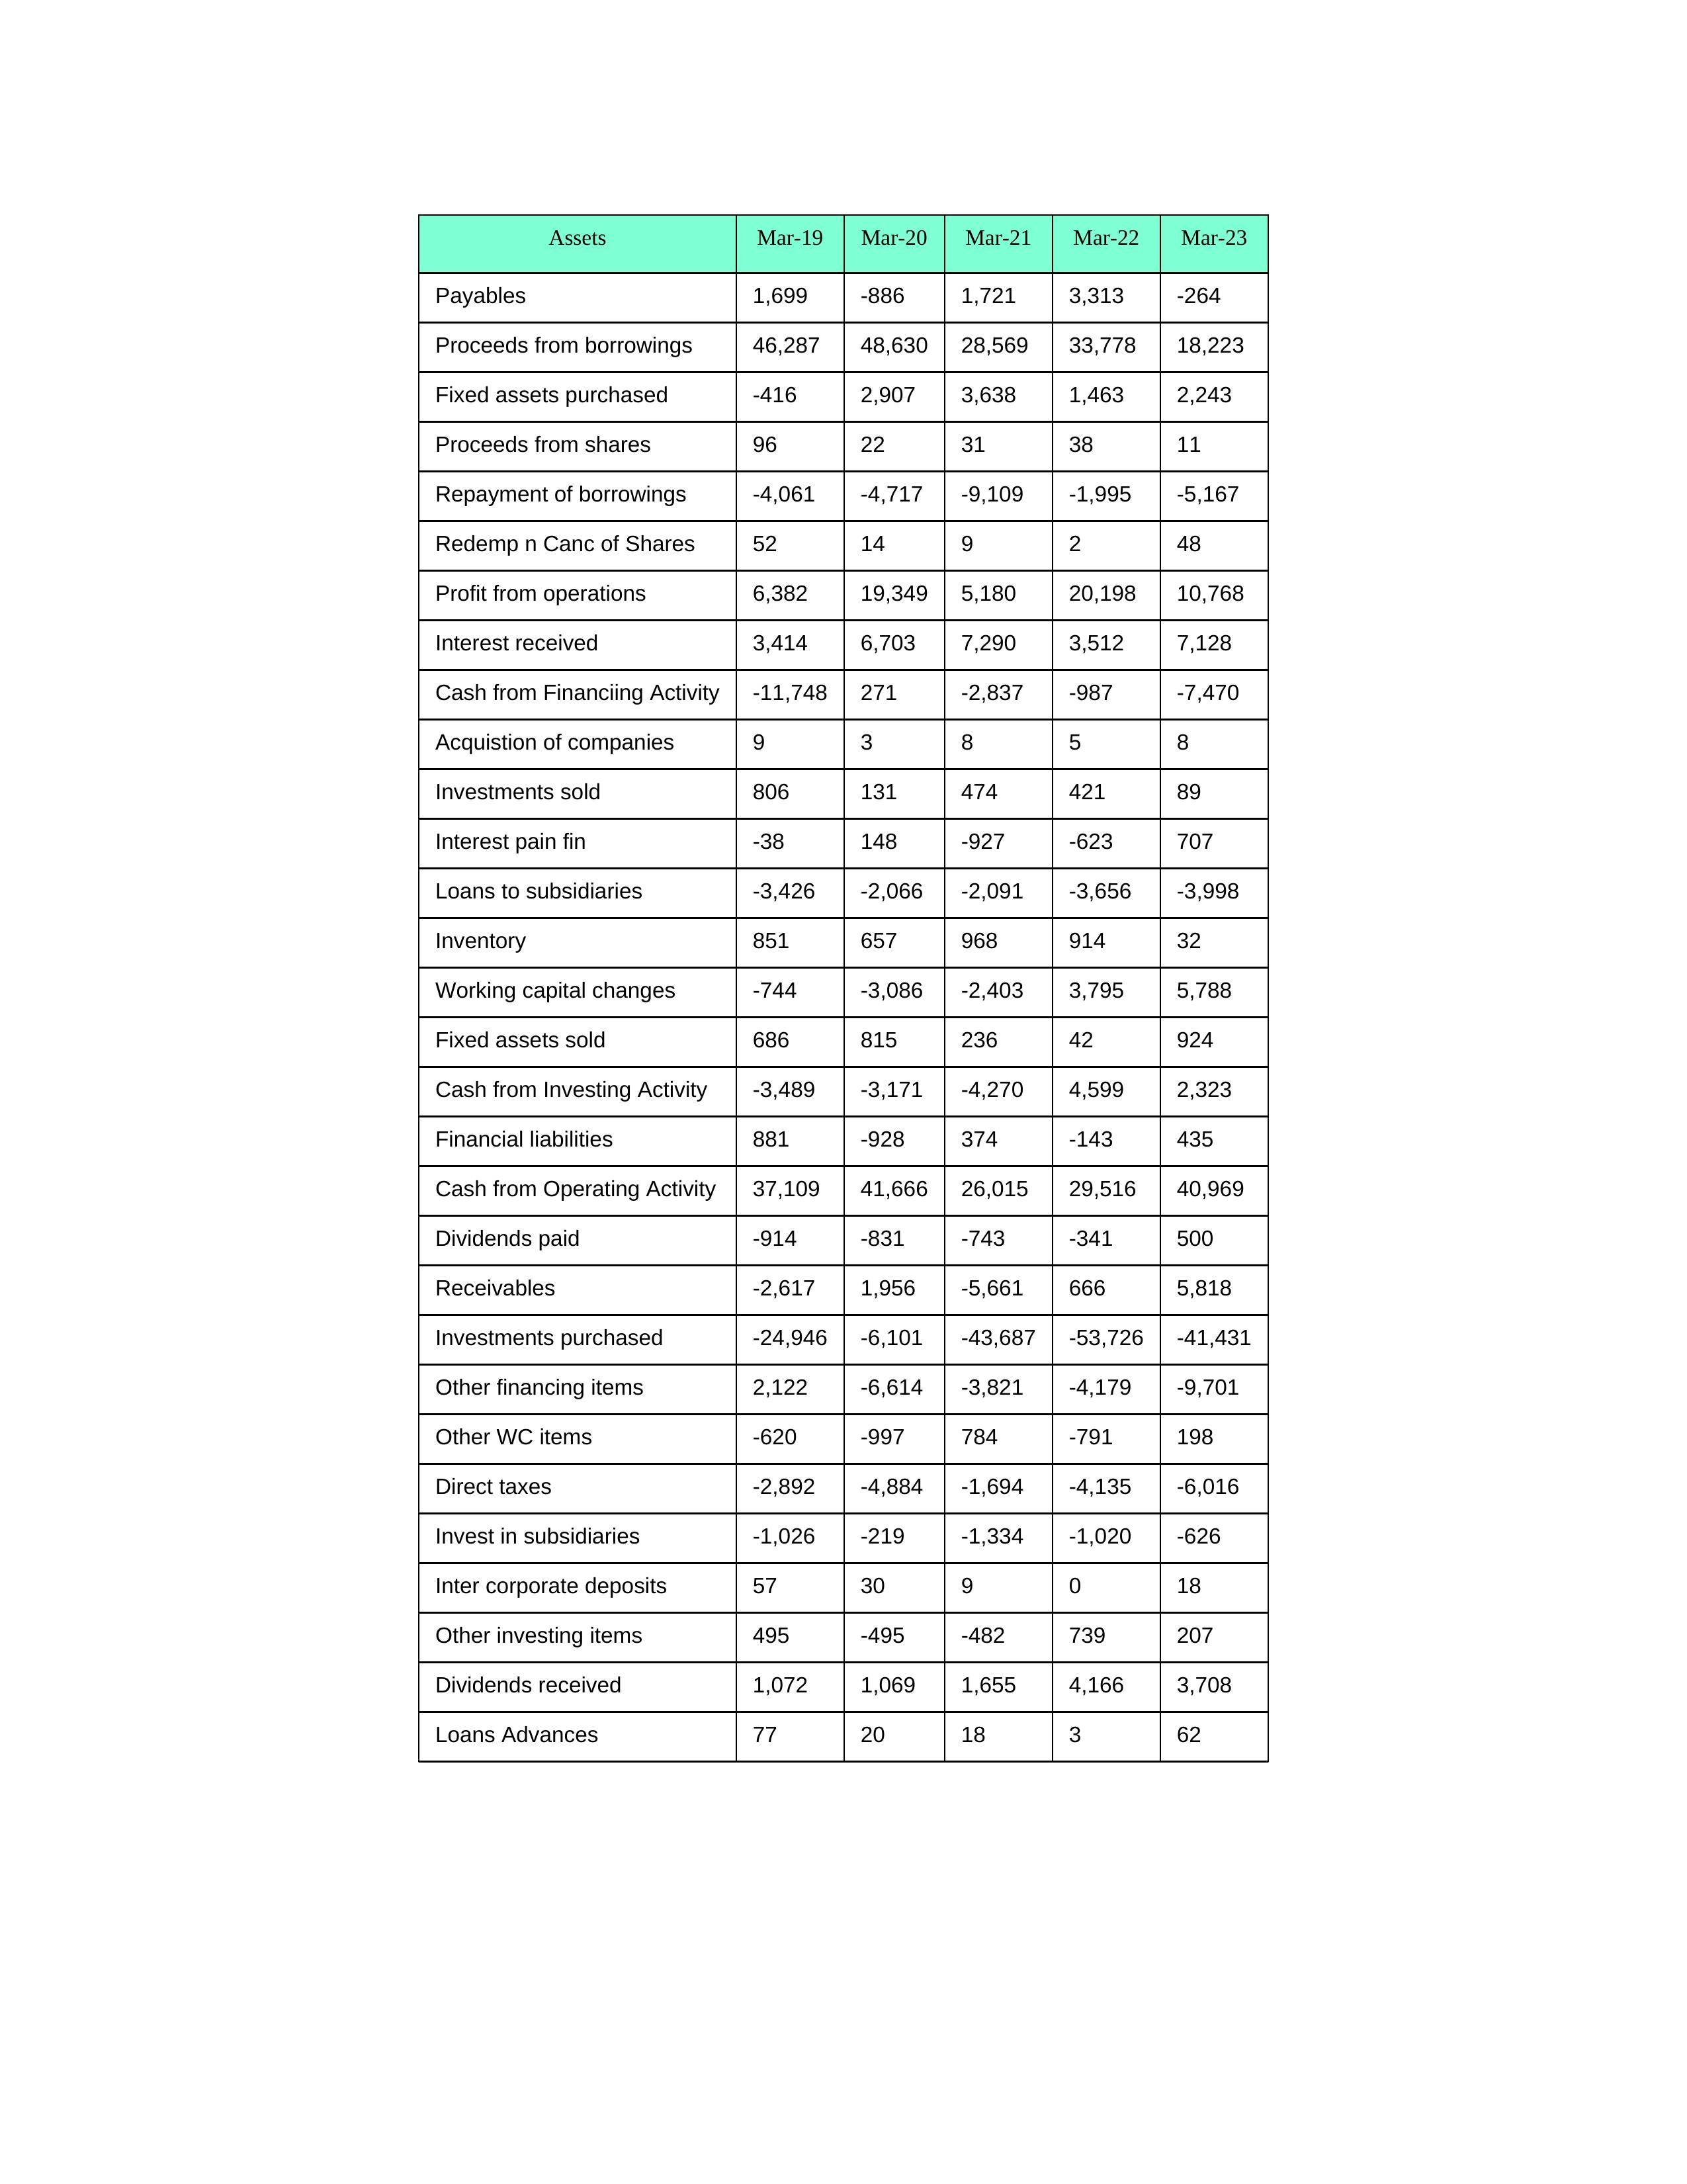
gt_parse: Mar-19: Cash from Operating Activity: 37,109
Profit from operations: 6,382
Receivables: -2,617
Inventory: 851
Payables: 1,699
Loans Advances: 77
Other WC items: -620
Working capital changes: -744
Direct taxes: -2,892
Cash from Investing Activity: -3,489
Fixed assets purchased: -416
Fixed assets sold: 686
Investments purchased: -24,946
Investments sold: 806
Interest received: 3,414
Dividends received: 1,072
Invest in subsidiaries: -1,026
Loans to subsidiaries: -3,426
Redemp n Canc of Shares: 52
Acquistion of companies: 9
Inter corporate deposits: 57
Other investing items: 495
Cash from Financiing Activity: -11,748
Proceeds from shares: 96
Proceeds from borrowings: 46,287
Repayment of borrowings: -4,061
Interest pain fin: -38
Dividends paid: -914
Financial liabilities: 881
Other financing items: 2,122
Mar-20: Cash from Operating Activity: 41,666
Profit from operations: 19,349
Receivables: 1,956
Inventory: 657
Payables: -886
Loans Advances: 20
Other WC items: -997
Working capital changes: -3,086
Direct taxes: -4,884
Cash from Investing Activity: -3,171
Fixed assets purchased: 2,907
Fixed assets sold: 815
Investments purchased: -6,101
Investments sold: 131
Interest received: 6,703
Dividends received: 1,069
Invest in subsidiaries: -219
Loans to subsidiaries: -2,066
Redemp n Canc of Shares: 14
Acquistion of companies: 3
Inter corporate deposits: 30
Other investing items: -495
Cash from Financiing Activity: 271
Proceeds from shares: 22
Proceeds from borrowings: 48,630
Repayment of borrowings: -4,717
Interest pain fin: 148
Dividends paid: -831
Financial liabilities: -928
Other financing items: -6,614
Mar-21: Cash from Operating Activity: 26,015
Profit from operations: 5,180
Receivables: -5,661
Inventory: 968
Payables: 1,721
Loans Advances: 18
Other WC items: 784
Working capital changes: -2,403
Direct taxes: -1,694
Cash from Investing Activity: -4,270
Fixed assets purchased: 3,638
Fixed assets sold: 236
Investments purchased: -43,687
Investments sold: 474
Interest received: 7,290
Dividends received: 1,655
Invest in subsidiaries: -1,334
Loans to subsidiaries: -2,091
Redemp n Canc of Shares: 9
Acquistion of companies: 8
Inter corporate deposits: 9
Other investing items: -482
Cash from Financiing Activity: -2,837
Proceeds from shares: 31
Proceeds from borrowings: 28,569
Repayment of borrowings: -9,109
Interest pain fin: -927
Dividends paid: -743
Financial liabilities: 374
Other financing items: -3,821
Mar-22: Cash from Operating Activity: 29,516
Profit from operations: 20,198
Receivables: 666
Inventory: 914
Payables: 3,313
Loans Advances: 3
Other WC items: -791
Working capital changes: 3,795
Direct taxes: -4,135
Cash from Investing Activity: 4,599
Fixed assets purchased: 1,463
Fixed assets sold: 42
Investments purchased: -53,726
Investments sold: 421
Interest received: 3,512
Dividends received: 4,166
Invest in subsidiaries: -1,020
Loans to subsidiaries: -3,656
Redemp n Canc of Shares: 2
Acquistion of companies: 5
Inter corporate deposits: 0
Other investing items: 739
Cash from Financiing Activity: -987
Proceeds from shares: 38
Proceeds from borrowings: 33,778
Repayment of borrowings: -1,995
Interest pain fin: -623
Dividends paid: -341
Financial liabilities: -143
Other financing items: -4,179
Mar-23: Cash from Operating Activity: 40,969
Profit from operations: 10,768
Receivables: 5,818
Inventory: 32
Payables: -264
Loans Advances: 62
Other WC items: 198
Working capital changes: 5,788
Direct taxes: -6,016
Cash from Investing Activity: 2,323
Fixed assets purchased: 2,243
Fixed assets sold: 924
Investments purchased: -41,431
Investments sold: 89
Interest received: 7,128
Dividends received: 3,708
Invest in subsidiaries: -626
Loans to subsidiaries: -3,998
Redemp n Canc of Shares: 48
Acquistion of companies: 8
Inter corporate deposits: 18
Other investing items: 207
Cash from Financiing Activity: -7,470
Proceeds from shares: 11
Proceeds from borrowings: 18,223
Repayment of borrowings: -5,167
Interest pain fin: 707
Dividends paid: 500
Financial liabilities: 435
Other financing items: -9,701